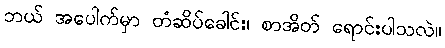
ဘယ် အပေါက်မှာ တံဆိပ်ခေါင်း၊ စာအိတ် ရောင်းပါသလဲ။